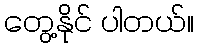
တွေ့နိုင် ပါတယ်။